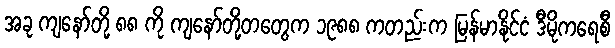
အခု ကျနော်တို့ ၈၈ ကို ကျနော်တို့တတွေက ၁၉၈၈ ကတည်းက မြန်မာနိုင်ငံ ဒီမိုကရေစီ